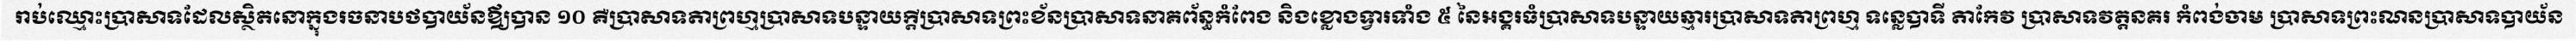
រាប់ឈ្មោះប្រាសាទដែលស្ថិតនោក្នុងរចនាបថបាយ័នឪ្យបាន ១០ គឺប្រាសាទតាព្រហ្មប្រាសាទបន្ទាយក្តីប្រាសាទព្រះខ័នប្រាសាទនាគព័ន្ធកំពែង និងខ្លោងទ្វារទាំង ៥ នៃអង្គរធំប្រាសាទបន្ទាយឆ្មារប្រាសាទតាព្រហ្ម ទន្លេបាទី តាកែវ ប្រាសាទវត្តនគរ កំពង់ចាម ប្រាសាទព្រះណនប្រាសាទបាយ័ន